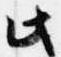
此